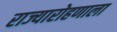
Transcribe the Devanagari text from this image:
राज्यारोहणाला